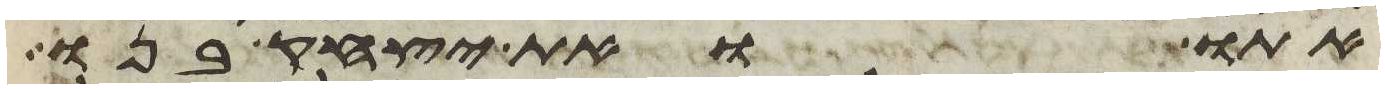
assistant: אתו ואת יצחק בנו